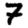
Digit: 7